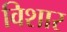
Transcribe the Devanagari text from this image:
विशार